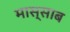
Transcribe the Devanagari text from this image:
मास्साब